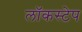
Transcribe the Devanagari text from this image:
लॉकस्टेप